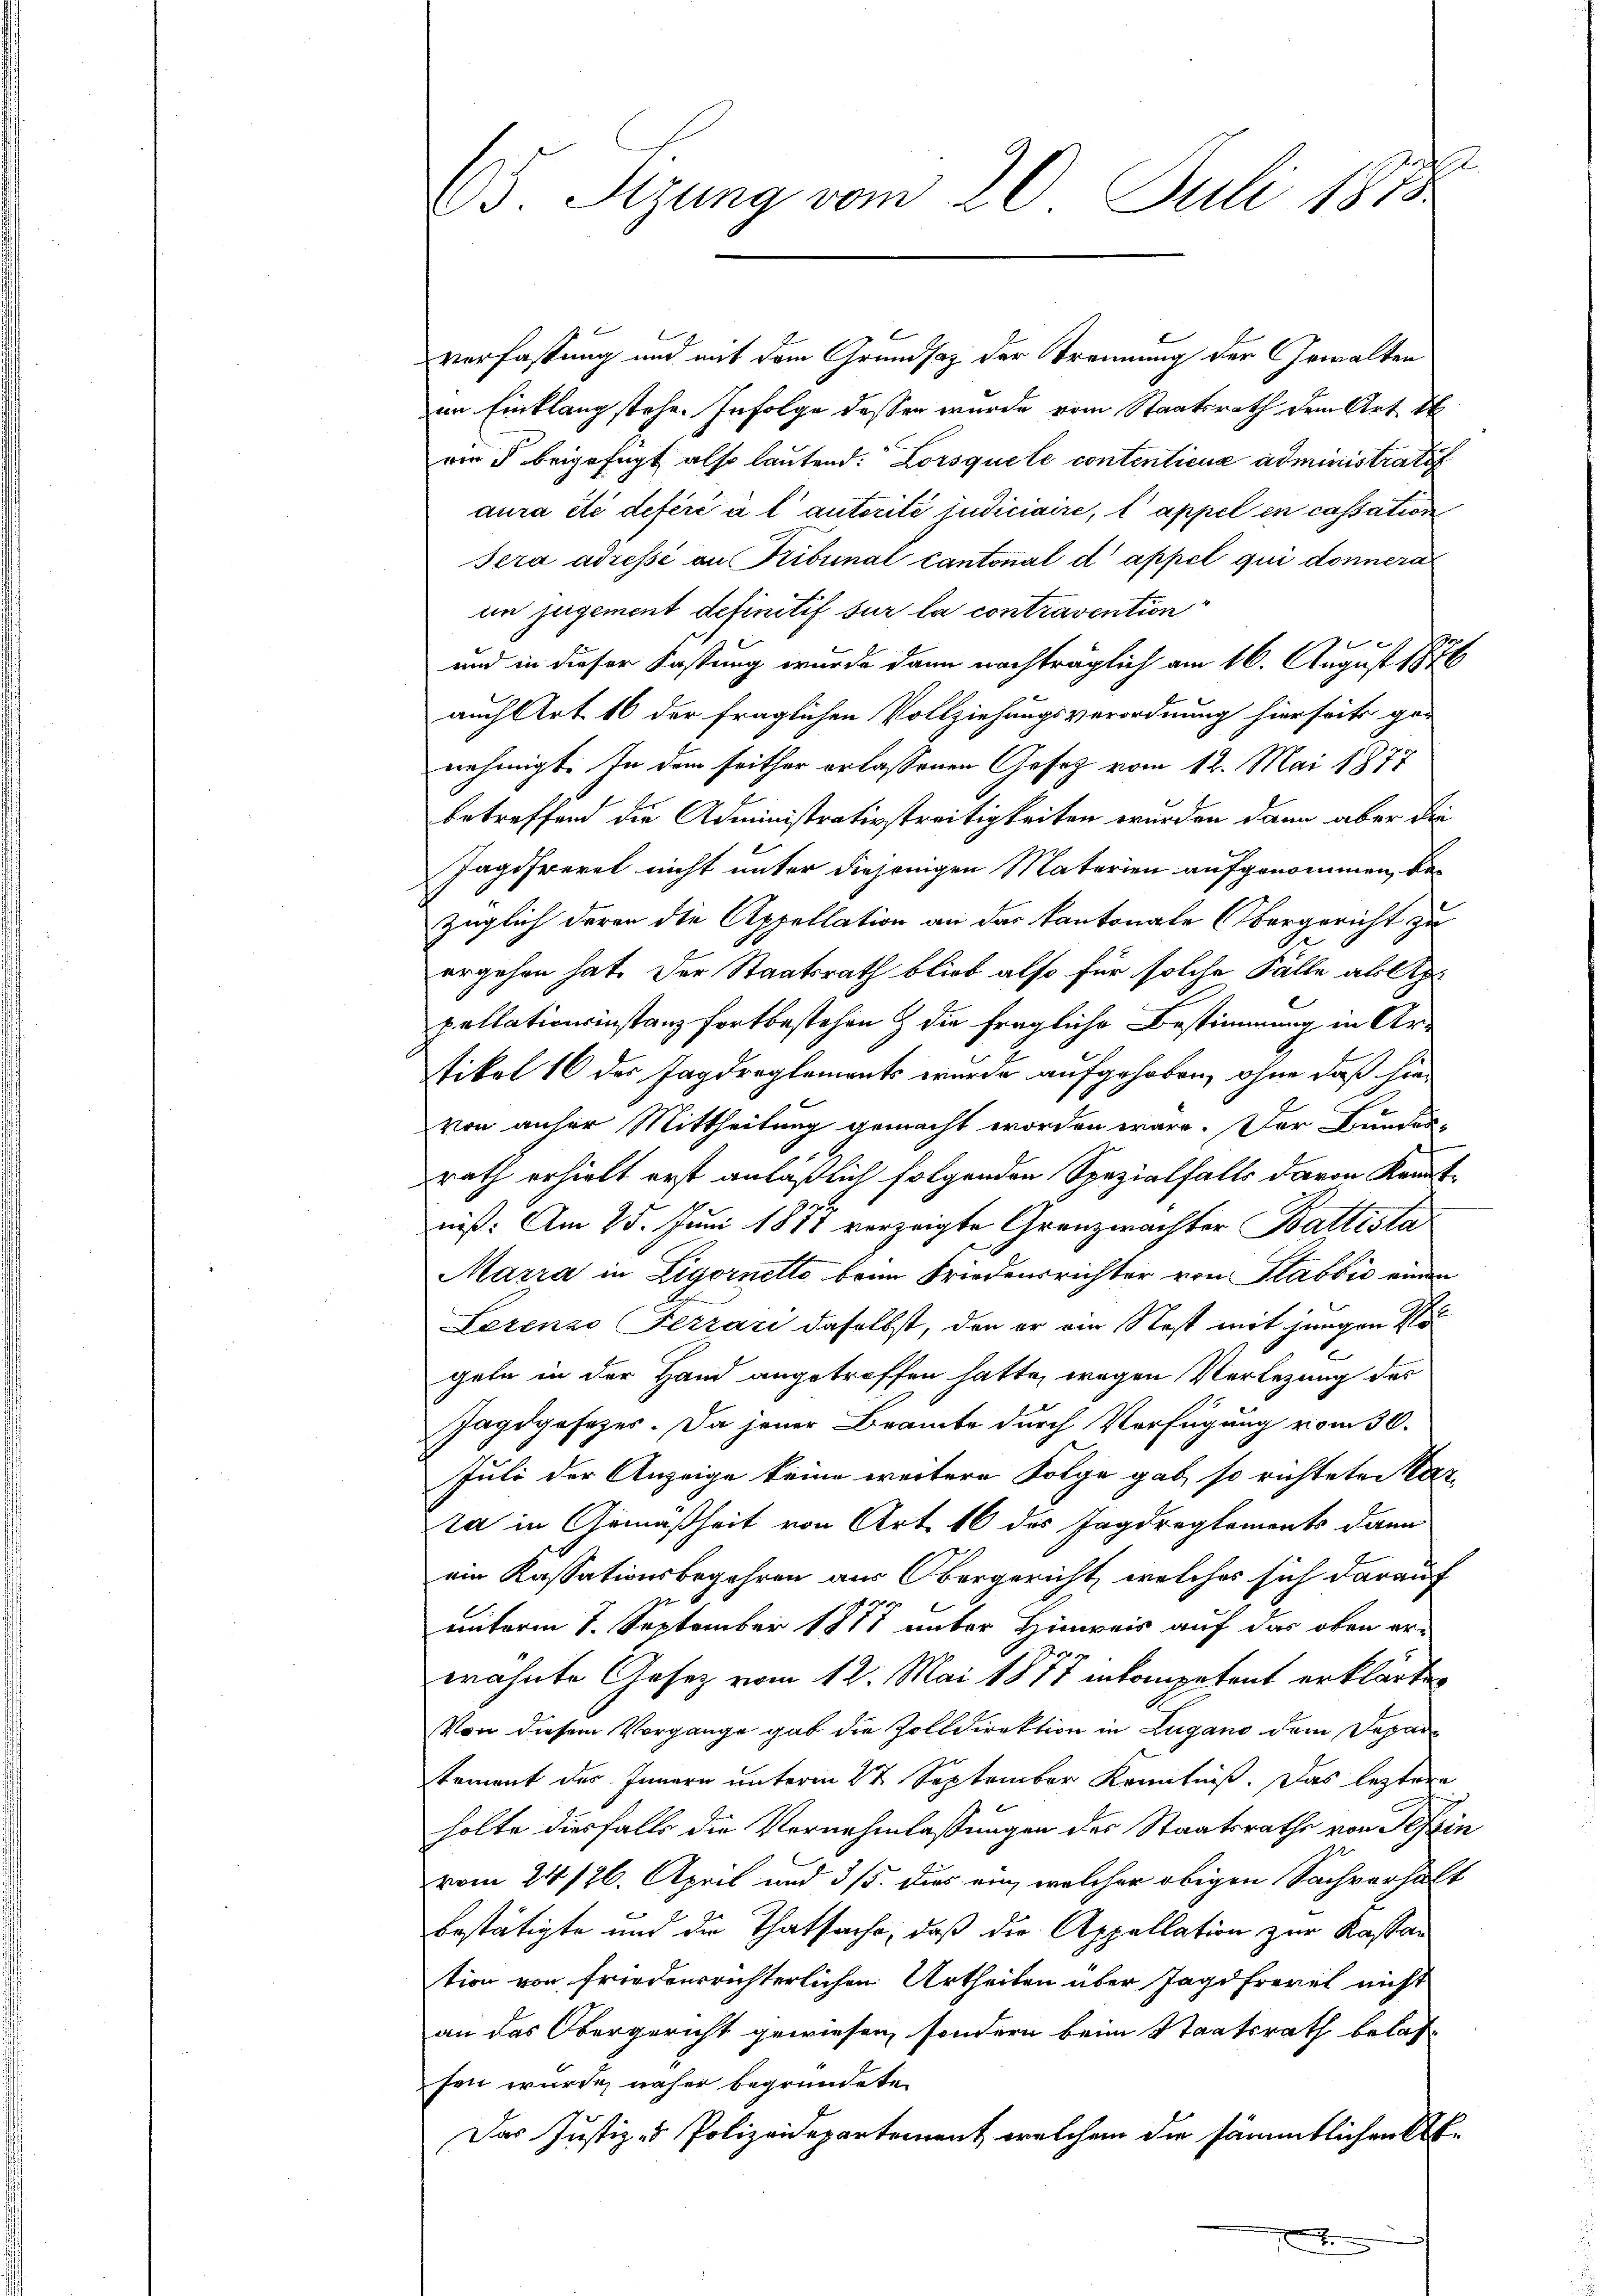
E
65. Sizung vom 20. Juli 1873

verfassung und mit dem Grundsaz der Trennung der Gewalten
im Einklang stehe. Infolge dessen wurde vom Staatsrath dem Art 1
wird beigefügt also lautend: Lorsque le contentica administratif
aura etc deféré à l’autorité judiciaire, t appel en cassation
Sera adressé au Tribunal Cantonal d’appel qui donnera
im jugement definitif sur la contravention
1 x
und in dieser Fassung wurde dann nachträglich am 16. August 1876
auch Art. 16 der fraglichen Vollziehungsverordnung hierseits gen
nehmigt. In dem seither erlassenen Gesetz vom 12. Mai 1877
betreffend die Administrativstreitigkeiten wurden dann aber die
Jagdfrevet nicht unter diejenigen Materien aufgenommen, bezüglich deren die Appellation an das Kantonale Obergericht zu
ergehen hat. Der Staatsrath blieb also für solche Fälle als Apr
pallationsinstanz fortbestehen & die fragliche Bestimmung in Art
tikel 16 der Jagdreglements wurde aufgehoben, ohne daß hievon anher Mittheilung gemacht worden wäre. Der Bunder-
rath erhielt erst anläßlich folgenden Spezialfalls davon konnt
niß: Am 25. Juni 1888 vorzeigte Grenzwachter Battesta
Marra in Zigornetto beim Friedensrichter von Stabbić einen
Lerenzo Ferrari daselbst, den er von Nest mit jungen Vo
geln in der Hand angetroffen hatte, wegen Verlegung des
Jagdgesezes. Da jener Beamte durch Verfügung vom 30.
Juli der Anzeige keine weitere Folge gab so richteten Kar-
ra in Gemäßheit von Art. 16 des Jagdreglements dann
ein Kassationsbegehren aus Obergericht, welches sich darauf
1
unterm 7. September 1871 unter Hinweis auf das oben er-
wähnte Gesetz vom 12. Mai 1877 inkompetent erklärte
Von diesem Vorgange gab die Zolldirektion in Lugano dem Departement des Innern unterm 27. September Kenntniß. Das leztere
holte diesfalls die Vernehmlassungen des Staatsrathe von Tessin
vom 24. 126. April und 3/5. dies ein, welcher obigen Sachverhält
bestätigte und die Thatsache, daß die Appellation zur Kassan
tion von friedensrichterlichen Urtheilen über Jagdfrevel nicht
an das Obergericht gewiesen, sondern beim Staatsrath belasfen wurde, näher begründete
Das Justiz- & Polizeidepartement, welchem die sämmtlichen Abe